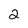
Character: 2